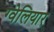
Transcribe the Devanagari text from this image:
ग्वेलियार